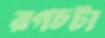
রগচটা